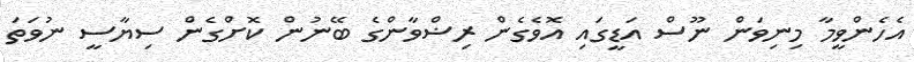
އެހެންވީމާ މިނިވަން ނޫސް އަޑީގައި އޮވެގެން ރިޟްވާންގެ ބޭނުން ކޮށްގެން ސިޔާސީ ނުވަތަ